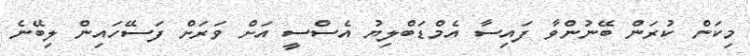
މިކަން ކުރަން ބޭނުންވާ ފައިސާ އެމްޑަބްލިޔު އެސްސީ އަށް ވަރަށް ފަސޭހައިން ލިބޭނެ